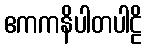
ဧကကနိပါတပါဠိ